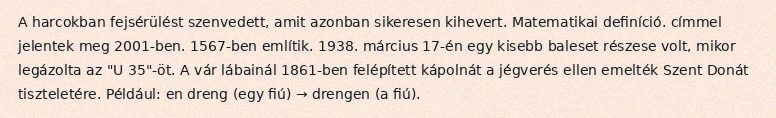
A harcokban fejsérülést szenvedett, amit azonban sikeresen kihevert. Matematikai definíció. címmel jelentek meg 2001-ben. 1567-ben említik. 1938. március 17-én egy kisebb baleset részese volt, mikor legázolta az "U 35"-öt. A vár lábainál 1861-ben felépített kápolnát a jégverés ellen emelték Szent Donát tiszteletére. Például: en dreng (egy fiú) → drengen (a fiú).